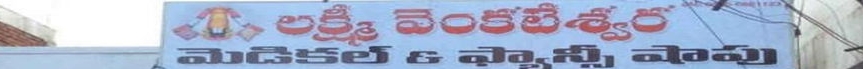
Language: telugu
Transcription: లక్ష్మి మెడికల్ షాపు వెంకటేశ్వర ఫ్యాన్సీ